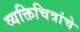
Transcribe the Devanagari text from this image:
व्यक्तिचित्रांचे